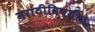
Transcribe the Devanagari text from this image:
मराठीविषयीचे